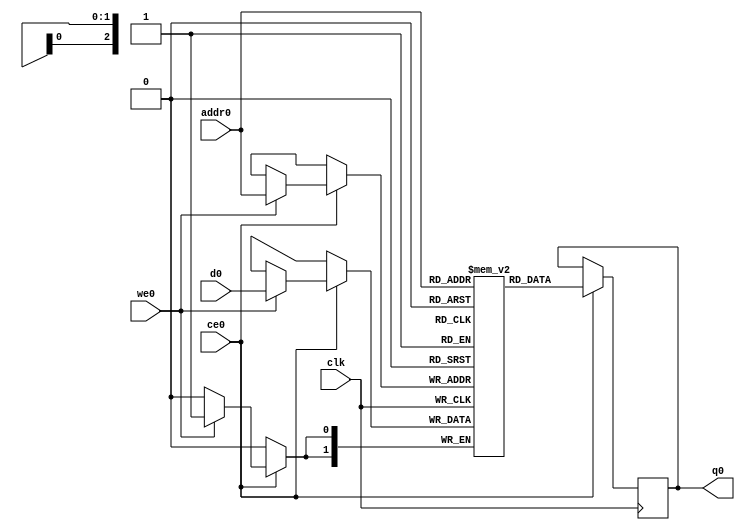
// ==============================================================
// Vivado(TM) HLS - High-Level Synthesis from C, C++ and SystemC v2020.1 (64-bit)
// Copyright 1986-2020 Xilinx, Inc. All Rights Reserved.
// ==============================================================
`timescale 1 ns / 1 ps
module StreamingMaxPool_Batch_0_StreamingMaxPool_bkb_ram (addr0, ce0, d0, we0, q0,  clk);

parameter DWIDTH = 2;
parameter AWIDTH = 3;
parameter MEM_SIZE = 5;

input[AWIDTH-1:0] addr0;
input ce0;
input[DWIDTH-1:0] d0;
input we0;
output reg[DWIDTH-1:0] q0;
input clk;

(* ram_style = "distributed" *)reg [DWIDTH-1:0] ram[0:MEM_SIZE-1];




always @(posedge clk)  
begin 
    if (ce0) begin
        if (we0) 
            ram[addr0] <= d0; 
        q0 <= ram[addr0];
    end
end


endmodule

`timescale 1 ns / 1 ps
module StreamingMaxPool_Batch_0_StreamingMaxPool_bkb(
    reset,
    clk,
    address0,
    ce0,
    we0,
    d0,
    q0);

parameter DataWidth = 32'd2;
parameter AddressRange = 32'd5;
parameter AddressWidth = 32'd3;
input reset;
input clk;
input[AddressWidth - 1:0] address0;
input ce0;
input we0;
input[DataWidth - 1:0] d0;
output[DataWidth - 1:0] q0;



StreamingMaxPool_Batch_0_StreamingMaxPool_bkb_ram StreamingMaxPool_Batch_0_StreamingMaxPool_bkb_ram_U(
    .clk( clk ),
    .addr0( address0 ),
    .ce0( ce0 ),
    .we0( we0 ),
    .d0( d0 ),
    .q0( q0 ));

endmodule